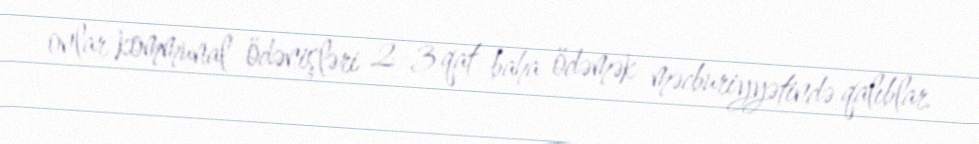
onlar kommunal ödənişləri 2-3 qat baha ödəmək məcburiyyətində qalıblar.